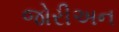
જોરીઅન